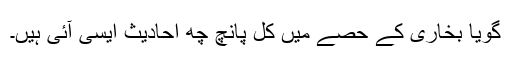
گویا بخاری کے حصے میں کل پانچ چھ احادیث ایسی آئی ہیں۔